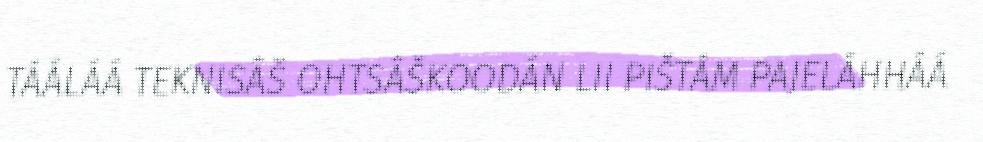
TÁÁLÁÁ TEKNISÂŠ OHTSÂŠKOODÁN LII PIŠTÁM PAJELÁHHÁÁ